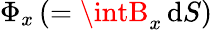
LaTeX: \Phi_{x}\, (=\intB_{x}\, \mathrm{d}S)